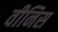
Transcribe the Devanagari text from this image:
वीनिस